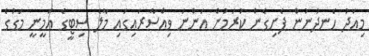
މިއަދު ހެނދުނުން ފެށިގެން ކުރަމުން އަންނަ ވިއްސާރައިގައި މާލެ ސިޓީގެ އަމީނީ މަގުގެ